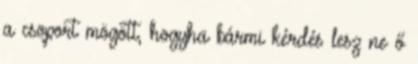
a csoport mögött, hogyha bármi kérdés lesz ne ő